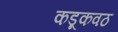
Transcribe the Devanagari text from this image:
कडूकवठ